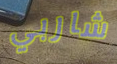
شاربي